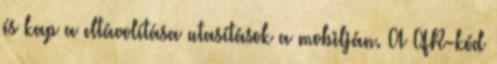
és kap a eltávolítása utasítások a mobilján. A QR-kód